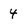
Character: 4